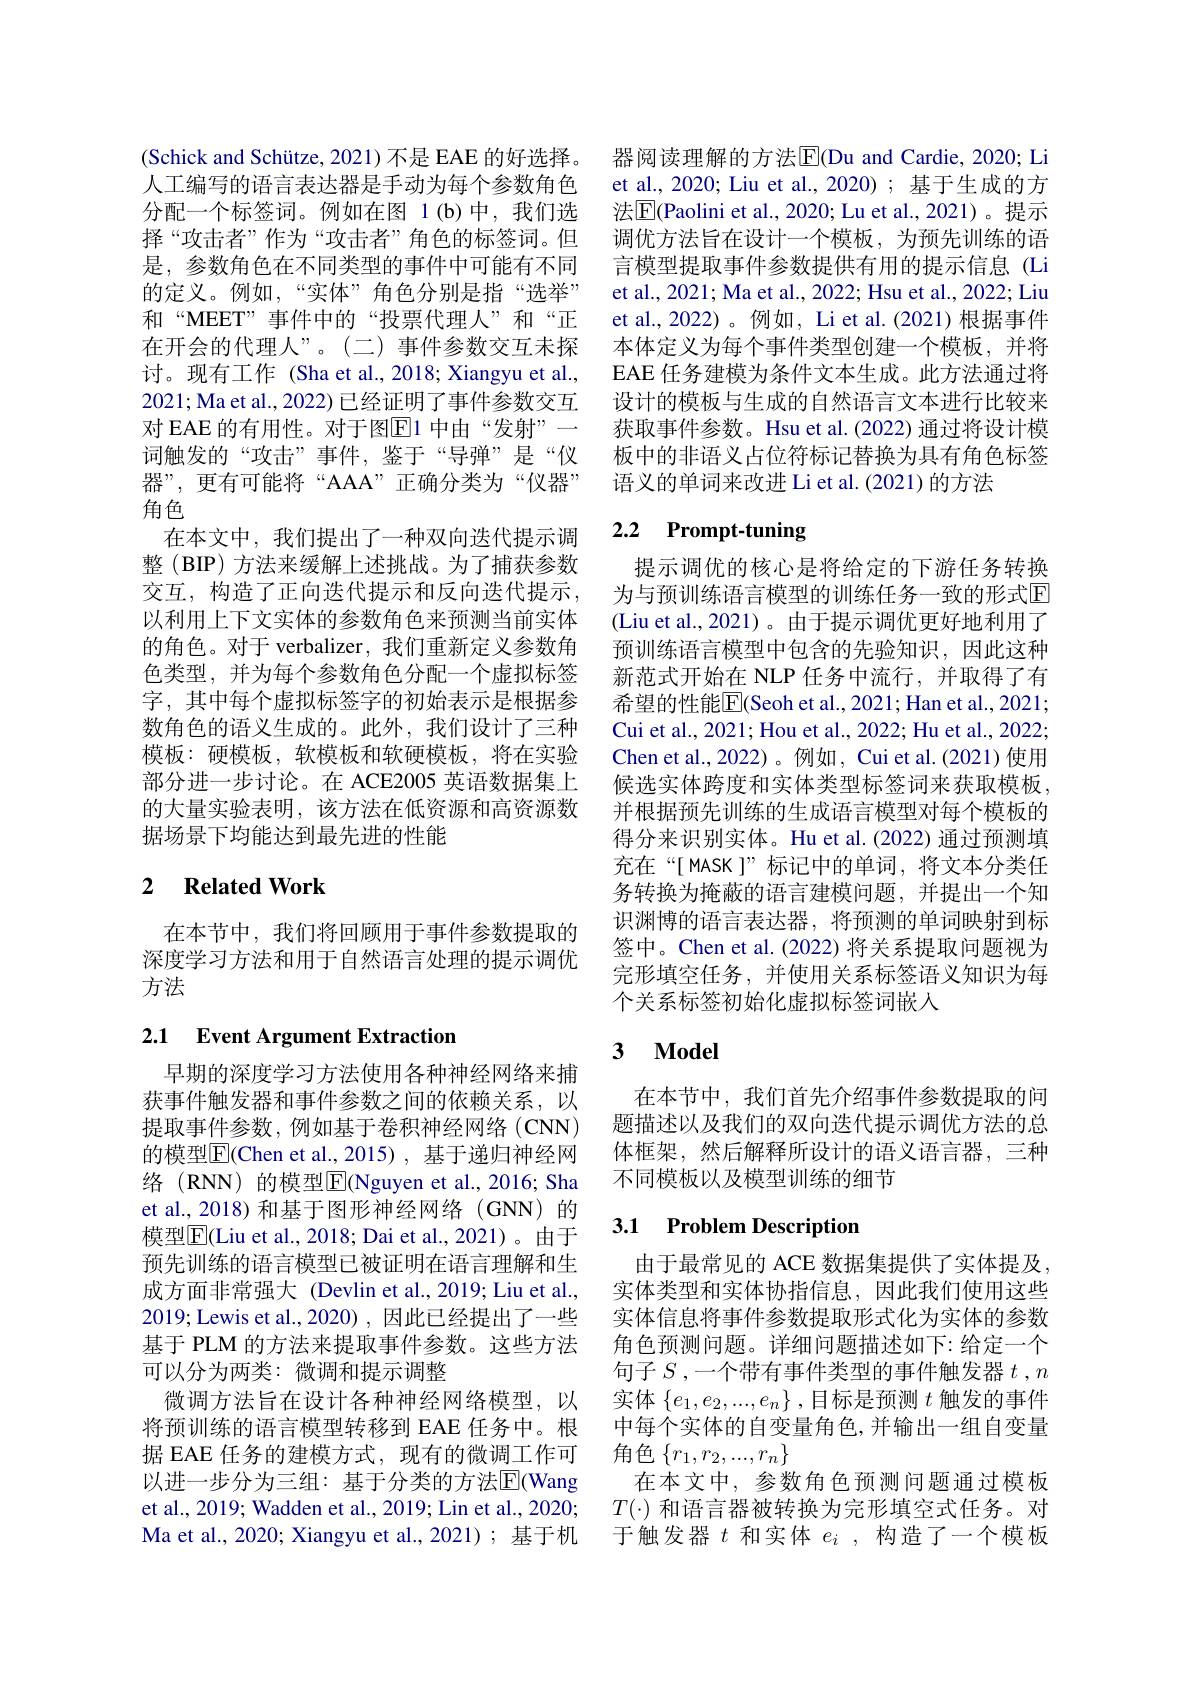
(Schick and Schütze, 2021) 不是 EAE 的好选择。人工编写的语言表达器是手动为每个参数角色分配一个标签词。例如在图 1(b)中，我们选择“攻击者”作为“攻击者”角色的标签词。但是，参数角色在不同类型的事件中可能有不同的定义。例如，“实体”角色分别是指“选举” 和“MEET”事件中的“投票代理人”和“正在开会的代理人”。(二)事件参数交互未探讨。现有工作 (Sha et al., 2018; Xiangyu et al., 2021;Ma et al., 2022) 已经证明了事件参数交互对 EAE 的有用性。对于图$\boxed{\mathrm{E}}1$ 中由“发射”一词触发的“攻击”事件，鉴于“导弹”是“仪器”,更有可能将“AAA”正确分类为“仪器” 角色
在本文中，我们提出了一种双向迭代提示调整 (BIP) 方法来缓解上述挑战。为了捕获参数交互，构造了正向迭代提示和反向迭代提示， 以利用上下文实体的参数角色来预测当前实体的角色。对于 verbalizer, 我们重新定义参数角色类型，并为每个参数角色分配一个虚拟标签字，其中每个虚拟标签字的初始表示是根据参数角色的语义生成的。此外，我们设计了三种模板：硬模板，软模板和软硬模板，将在实验部分进一步讨论。在 ACE2005 英语数据集上的大量实验表明，该方法在低资源和高资源数据场景下均能达到最先进的性能

## 2 $\textbf{Related Work}$

在本节中，我们将回顾用于事件参数提取的深度学习方法和用于自然语言处理的提示调优方法

# 2.1 Event Argument Extraction

早期的深度学习方法使用各种神经网络来捕获事件触发器和事件参数之间的依赖关系，以提取事件参数，例如基于卷积神经网络(CNN) 的模型$\boxed{\mathrm{F}}($Chen et al.,2015), 基于递归神经网络 (RNN) 的模型$\boxed{\mathrm{F}}$(Nguyen et al.,2016; Sha et al., 2018) 和基于图形神经网络(GNN) 的模型$\overline{\mathrm{E}}($Liu et al., 2018; Dai et al., 2021)。由于预先训练的语言模型已被证明在语言理解和生成方面非常强大 (Devlin et al.,2019; Liu et al., 2019; Lewis et al., 2020) , 因此已经提出了一些基于 PLM 的方法来提取事件参数。这些方法可以分为两类：微调和提示调整
微调方法旨在设计各种神经网络模型，以将预训练的语言模型转移到 EAE 任务中。根据 EAE 任务的建模方式，现有的微调工作可以进一步分为三组：基于分类的方法$\overline{\mathrm{E}}($Wang et al., 2019; Wadden et al., 2019; Lin et al., 2020; Ma et al., 2020; Xiangyu et al.,2021); 基于机

器阅读理解的方法$\overline{\mathrm{E}}$(Du and Cardie, 2020; Li et al., 2020; Liu et al., 2020); 基于生成的方法$\boxed{\mathrm{E}}($Paolini et al., 2020; Lu et al., 2021)。提示调优方法旨在设计一个模板，为预先训练的语言模型提取事件参数提供有用的提示信息 (Li et al., 2021; Ma et al., 2022; Hsu et al., 2022; Liu et al., 2022)。例如，Li et al.(2021)根据事件本体定义为每个事件类型创建一个模板，并将EAE 任务建模为条件文本生成。此方法通过将设计的模板与生成的自然语言文本进行比较来获取事件参数。Hsu et al.(2022) 通过将设计模板中的非语义占位符标记替换为具有角色标签语义的单词来改进 Li et al.(2021) 的方法

# 2.2 Prompt-tuning

提示调优的核心是将给定的下游任务转换为与预训练语言模型的训练任务一致的形式$\mathbb{E}$ (Liu et al., 2021)。由于提示调优更好地利用了预训练语言模型中包含的先验知识，因此这种新范式开始在 NLP 任务中流行，并取得了有希望的性能$\overline{\mathrm{E}}($Seoh et al.,2021; Han et al., 2021; Cui et al., 2021; Hou et al., 2022; Hu et al., 2022; Chen et al., 2022)。例如，Cui et al.(2021)使用候选实体跨度和实体类型标签词来获取模板， 并根据预先训练的生成语言模型对每个模板的得分来识别实体。Hu et al.(2022) 通过预测填充在“[ MASK ]”标记中的单词，将文本分类任务转换为掩蔽的语言建模问题，并提出一个知识渊博的语言表达器，将预测的单词映射到标签中。Chen et al.(2022) 将关系提取问题视为完形填空任务，并使用关系标签语义知识为每个关系标签初始化虚拟标签词嵌入

## 3 $\mathbf{Model}$

在本节中，我们首先介绍事件参数提取的问题描述以及我们的双向迭代提示调优方法的总体框架，然后解释所设计的语义语言器，三种不同模板以及模型训练的细节

# 3.1 Problem Description

由于最常见的 ACE 数据集提供了实体提及， 实体类型和实体协指信息，因此我们使用这些实体信息将事件参数提取形式化为实体的参数角色预测问题。详细问题描述如下：给定一个句子$S$,一个带有事件类型的事件触发器$t,n$ 实体$\{e_1,e_2,...,e_n\}$ ,目标是预测$t$触发的事件中每个实体的自变量角色，并输出一组自变量角色$\left\{r_1,r_2,...,r_n\right\}$
在本文中，参数角色预测问题通过模板$T(\cdot)$和语言器被转换为完形填空式任务。对于触发器$t$和实体$e_i$,构造了一个模板